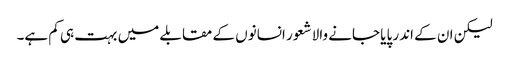
لیکن ان کے اندر پایا جانے والا شعور انسانوں کے مقابلے میں بہت ہی کم ہے۔